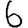
Digit: 6